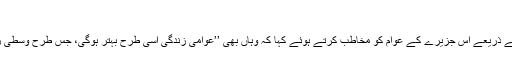
‘‘
صدر میدویدیف نے صحافیوں کے ذریعے اس جزیرے کے عوام کو مخاطب کرتے ہوئے کہا کہ وہاں بھی ’’عوامی زندگی اسی طرح بہتر ہوگی، جس طرح وسطی روس میں دیکھنے میں آچکا ہے۔